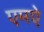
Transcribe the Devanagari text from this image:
एमऐ